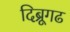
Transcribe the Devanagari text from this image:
दिब्रूगढ